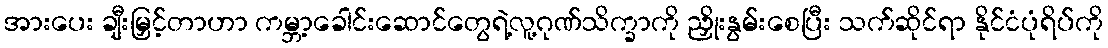
အားပေး ချီးမြှင့်တာဟာ ကမ္ဘာ့ခေါင်းဆောင်တွေရဲ့လူ့ဂုဏ်သိက္ခာကို ညှိုးနွမ်းစေပြီး သက်ဆိုင်ရာ နိုင်ငံပုံရိပ်ကို